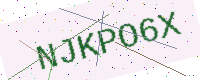
Text: NJKPO6X